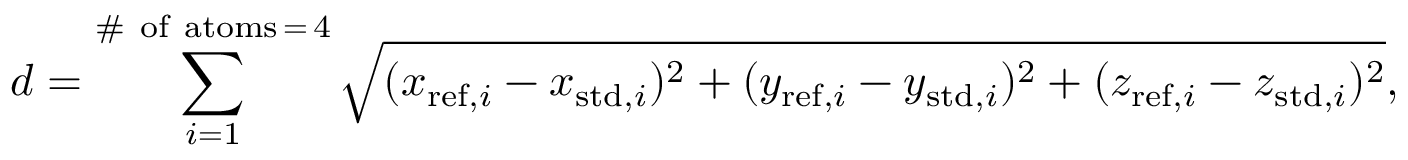
d = \sum _ { i = 1 } ^ { \mathrm { { \# \ o f \ a t o m s \, = \, 4 } } } \sqrt { ( x _ { \mathrm { { r e f } } , i } - x _ { \mathrm { { s t d } } , i } ) ^ { 2 } + ( y _ { \mathrm { { r e f } } , i } - y _ { \mathrm { { s t d } } , i } ) ^ { 2 } + ( z _ { \mathrm { { r e f } } , i } - z _ { \mathrm { { s t d } } , i } ) ^ { 2 } } ,